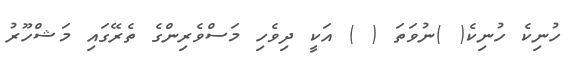
ހުނިކެ ހުނިކެ( )ނުވަތަ ( ) އަކީ ދިވެހި މަސްވެރިންގެ ތެރޭގައި މަޝްހޫރު